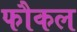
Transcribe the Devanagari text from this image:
फौकल